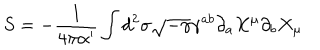
LaTeX: S = - \frac { 1 } { 4 \pi \alpha ^ { \prime } } \int d ^ { 2 } \sigma \sqrt { - \gamma } \gamma ^ { a b } \partial _ { a } X ^ { \mu } \partial _ { b } X _ { \mu }